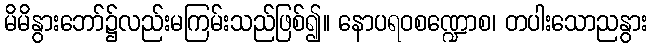
မိမိနွားဘော်၌လည်းမကြမ်းသည်ဖြစ်၍။ နောပရဝစဏ္ဍောစ၊ တပါးသောညနွား